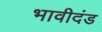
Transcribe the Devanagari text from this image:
भावीदंड